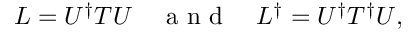
L = U ^ { \dagger } T U \quad \mathrm { ~ a ~ n ~ d ~ } \quad L ^ { \dagger } = U ^ { \dagger } T ^ { \dagger } U ,